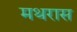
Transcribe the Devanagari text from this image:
मथरास